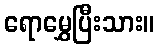
ရောမွှေပြီးသား။